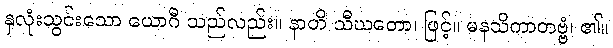
နှလုံးသွင်းသော ယောဂီ သည်လည်း။ နာတိ သီဃတော၊ ဖြင့်။ မနသိကာတဗ္ဗံ၊ ၏။